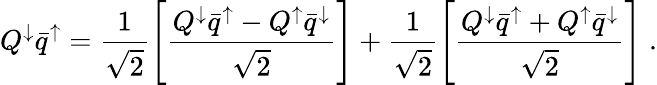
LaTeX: Q^{\downarrow}\bar{q}^{\uparrow}={\frac{1}{\sqrt 2}}\Biggl[{\frac{Q^{\downarrow}\bar{q}^{\uparrow}-Q^{\uparrow}\bar{q}^{\downarrow}}{\sqrt 2}}\Biggr]+{\frac{1}{\sqrt 2}}\Biggl[{\frac{Q^{\downarrow}\bar{q}^{\uparrow}+Q^{\uparrow}\bar{q}^{\downarrow}}{\sqrt 2}}\Biggr]\; .